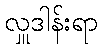
လှူဒါန်းရာ